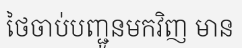
ថៃចាប់បញ្ជូនមកវិញ មាន